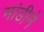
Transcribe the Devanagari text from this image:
मांडीने